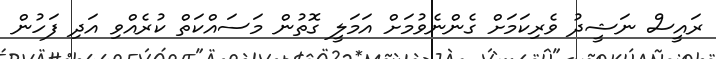
ރައީސް ނަޝީދު ވެރިކަމަށް ގެންނެވުމަށް އަމަލީ ގޮތުން މަސައްކަތް ކުރެއްވި އަދި ފަހުން